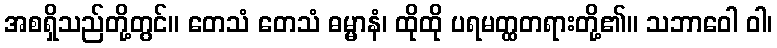
အစရှိသည်တို့တွင်။ တေသံ တေသံ ဓမ္မာနံ၊ ထိုထို ပရမတ္ထတရားတို့၏။ သဘာဝေါ ဝါ၊